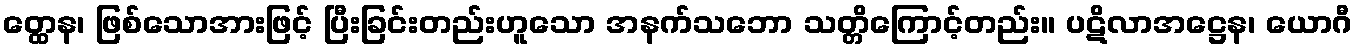
တ္ထေန၊ ဖြစ်သောအားဖြင့် ပြီးခြင်းတည်းဟူသော အနက်သဘော သတ္တိကြောင့်တည်း။ ပဋိလာအဋ္ဌေန၊ ယောဂီ